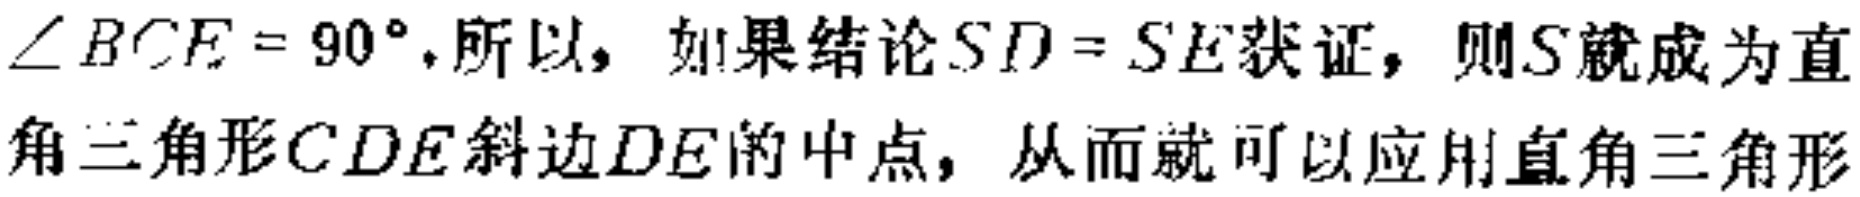
$\angle BCE = 90^{\circ},所以，如果结论SD = SE获证，则S就成为直角三角形CDE斜边DE的中点，从而就可以应用直角三角形$